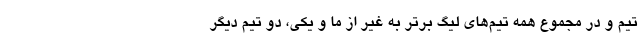
تیم و در مجموع همه تیم‌های لیگ برتر به غیر از ما و یکی، دو تیم دیگر